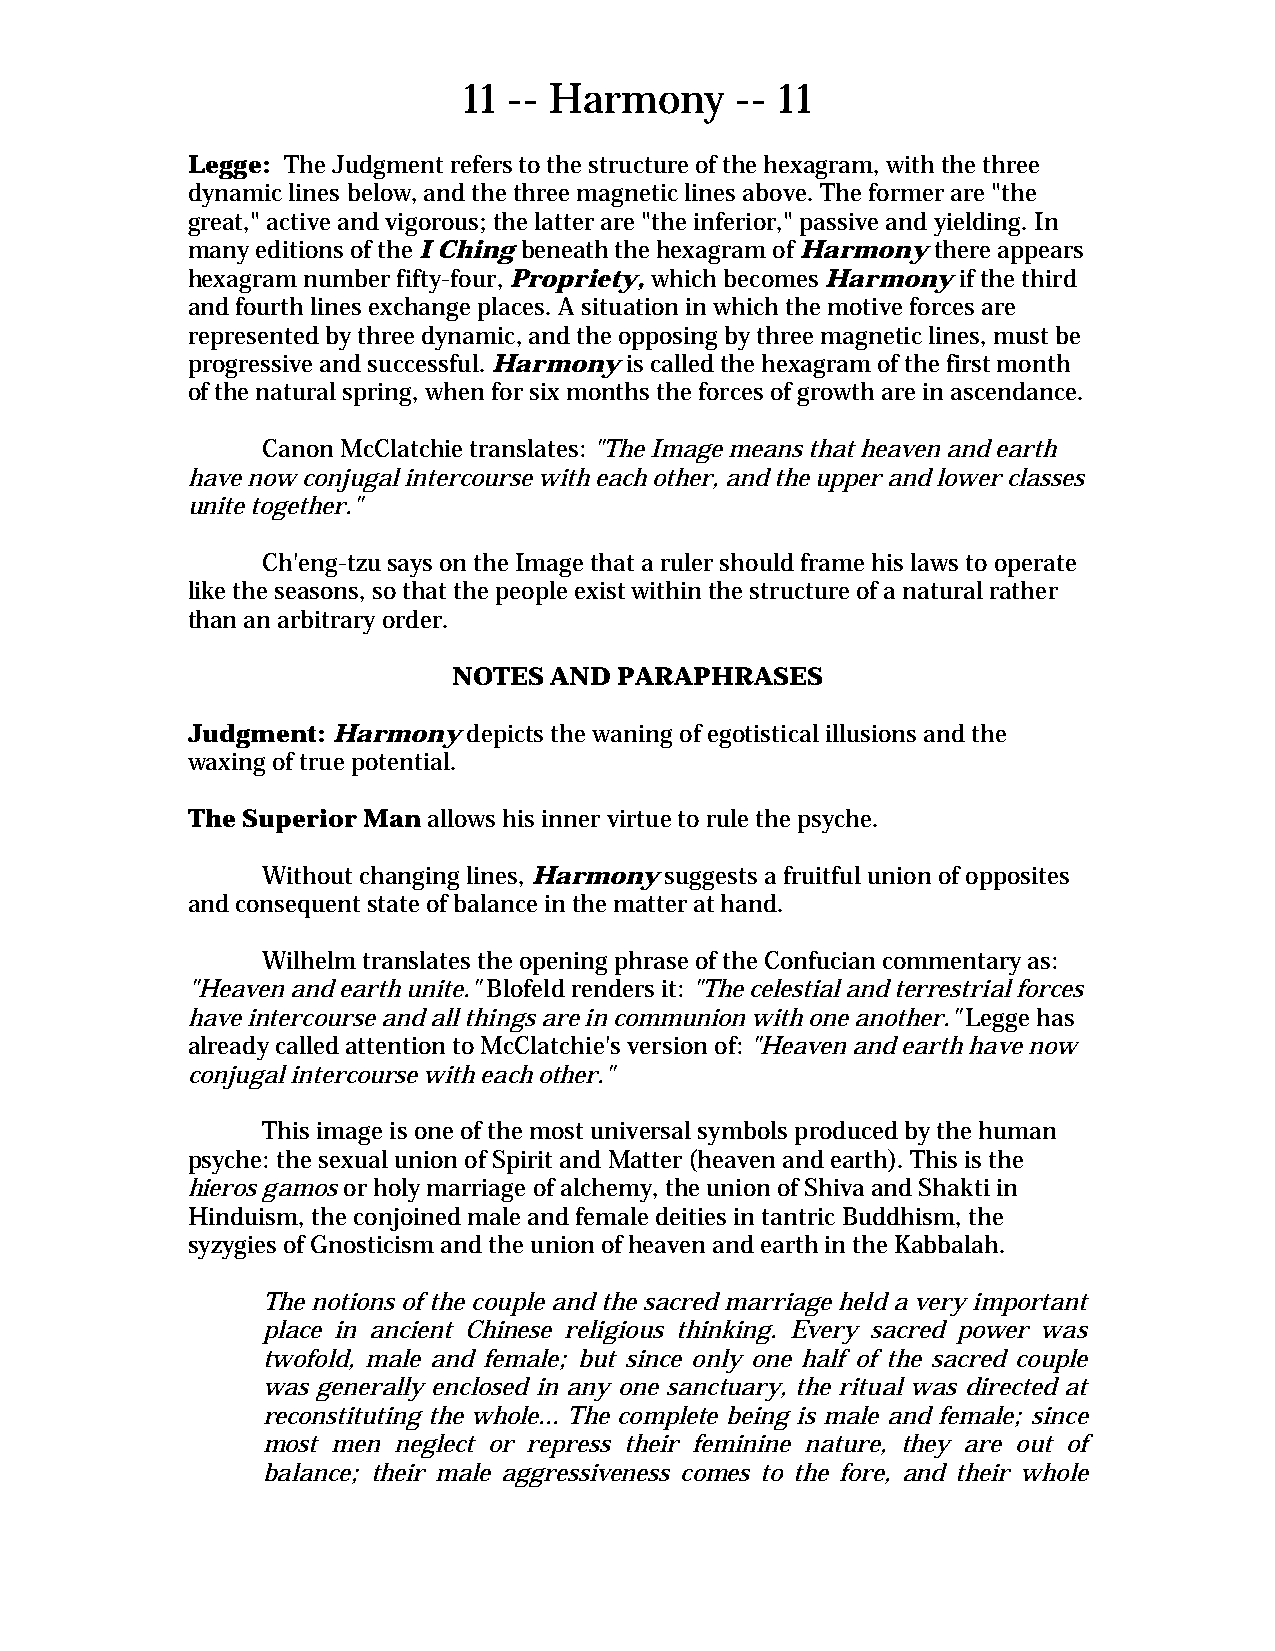
11 -- Harmony     -- 11
 Legge: The Judgment refers to the structure of the hexagram, with the three
 dynamic lines below, and the three magnetic lines above. The former are "the
 great," active and vigorous; the latter are "the inferior," passive and yielding. In
 many editions of the I Ching beneath the hexagram of Harmony there appears
 hexagram number fifty-four, Propriety, which becomes Harmony if the third
 and fourth lines exchange places. A situation in which the motive forces are
 represented by three dynamic, and the opposing by three magnetic lines, must be
 progressive and successful. Harmony is called the hexagram of the first month
 of the natural spring, when for six months the forces of growth are in ascendance.
 Canon McClatchie translates: "The Image means that heaven and earth
 have now conjugal intercourse with each other, and the upper and lower classes
 unite together."
 Ch'eng-tzu says on the Image that a ruler should frame his laws to operate
 like the seasons, so that the people exist within the structure of a natural rather
 than an arbitrary order.
 NOTES AND  PARAPHRASES
 Judgment: Harmony  depicts the waning of egotistical illusions and the
 waxing of true potential.
 The Superior Man allows his inner virtue to rule the psyche.
 Without changing lines, Harmony suggests a fruitful union of opposites
 and consequent state of balance in the matter at hand.
 Wilhelm translates the opening phrase of the Confucian commentary as:
 "Heaven and earth unite." Blofeld renders it: "The celestial and terrestrial forces
 have intercourse and all things are in communion with one another." Legge has
 already called attention to McClatchie's version of: "Heaven and earth have now
 conjugal intercourse with each other."
 This image is one of the most universal symbols produced by the human
 psyche: the sexual union of Spirit and Matter (heaven and earth). This is the
 hieros gamos or holy marriage of alchemy, the union of Shiva and Shakti in
 Hinduism, the conjoined male and female deities in tantric Buddhism, the
 syzygies of Gnosticism and the union of heaven and earth in the Kabbalah.
 The notions of the couple and the sacred marriage held a very important
 place in ancient Chinese religious thinking. Every sacred power was
 twofold, male and female; but since only one half of the sacred couple
 was generally enclosed in any one sanctuary, the ritual was directed at
 reconstituting the whole... The complete being is male and female; since
 most men neglect or repress their feminine nature, they are out of
 balance; their male aggressiveness comes to the fore, and their whole